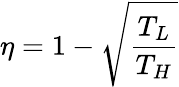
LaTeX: \eta=1-{\sqrt{\frac{T_{L}}{T_{H}}}}